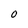
Character: O